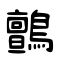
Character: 鸇